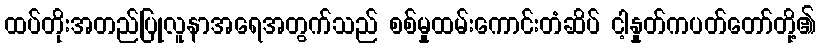
ထပ်တိုးအတည်ပြုလူနာအရေအတွက်သည် စစ်မှုထမ်းကောင်းတံဆိပ် ငါ့နှုတ်ကပတ်တော်တို့၏